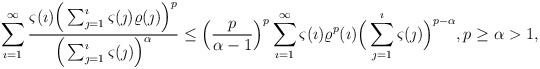
\begin{align*}\sum_{\imath=1}^{\infty}\frac{\varsigma(\imath)\Big(\sum_{\jmath=1}^{\imath}\varsigma(\jmath)\varrho(\jmath)\Big)^p}{\Big(\sum_{\jmath=1}^{\imath}\varsigma(\jmath)\Big)^\alpha}\leq \Big(\frac{p}{\alpha-1}\Big)^p\sum_{\imath=1}^{\infty}\varsigma(\imath)\varrho^p(\imath)\Big(\sum_{\jmath=1}^{\imath}\varsigma(\jmath)\Big)^{p-\alpha}, p\geq\alpha>1, \end{align*}